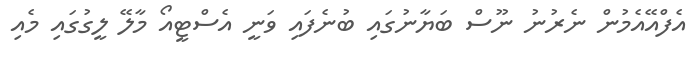
އެފްއޭއެމުން ނެރުނު ނޫސް ބަޔާނުގައި ބުނެފައި ވަނީ އެސްޓީއޯ މާލޭ ލީގުގައި މެއި